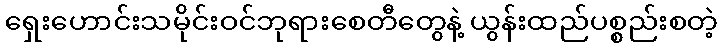
ရှေးဟောင်းသမိုင်းဝင်ဘုရားစေတီတွေနဲ့ ယွန်းထည်ပစ္စည်းစတဲ့